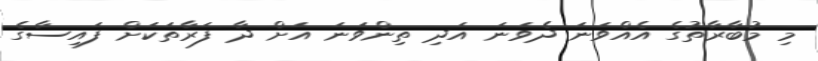
މި މުބާރާތުގެ އެއްވަނަ ދެވަނަ އަދި ތިންވަނަ އަށް ދާ ފަރާތަކަށް ފައިސާގެ